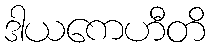
ဒါယကေဟီတိ